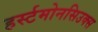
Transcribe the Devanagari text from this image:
हर्स्टमोनसिउक्स